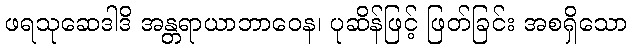
ဖရသုဆေဒါဒိ အန္တရာယာဘာဝေန၊ ပုဆိန်ဖြင့် ဖြတ်ခြင်း အစရှိသော